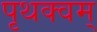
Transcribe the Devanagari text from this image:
पृथक्वम्